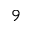
^ { 9 }